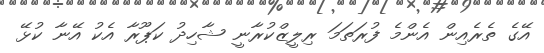
އޭގެ ތެރެއިން އެންމެ ފުރަތަމަ ރިލީޒްކުރާނީ ޝާހިދު ކަޕޫރާ އެކު އޭނާ ކުޅޭ